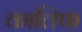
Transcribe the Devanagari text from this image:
कालिफ